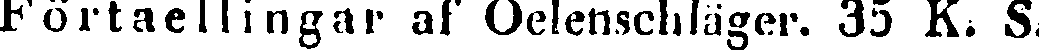
Förtaellingar af Oelenschläger. 35 K. S.